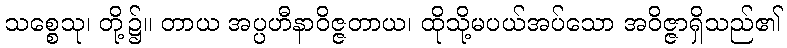
သစ္စေသု၊ တို့၌။ တာယ အပ္ပဟီနာဝိဇ္ဇတာယ၊ ထိုသို့မပယ်အပ်သော အဝိဇ္ဇာရှိသည်၏